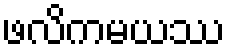
ဖလိကမယဿ